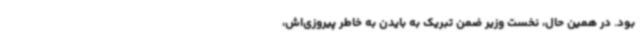
بود. در همین حال، نخست وزیر ضمن تبریک به بایدن به خاطر پیروزی‌اش،